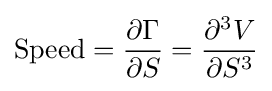
{\text{Speed}}={\frac {\partial \Gamma }{\partial S}}={\frac {\partial ^{3}V}{\partial S^{3}}}